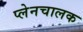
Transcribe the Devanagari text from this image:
प्लेनचालक